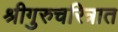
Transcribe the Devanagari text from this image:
श्रीगुरुचरित्रात